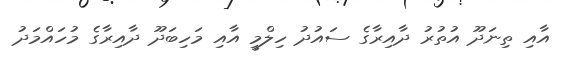
އާއި ތިނަދޫ އުތުރު ދާއިރާގެ ސައުދު ހިލްމީ އާއި މަހިބަދޫ ދާއިރާގެ މުހައްމަދު